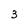
Character: 3